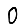
Digit: 0